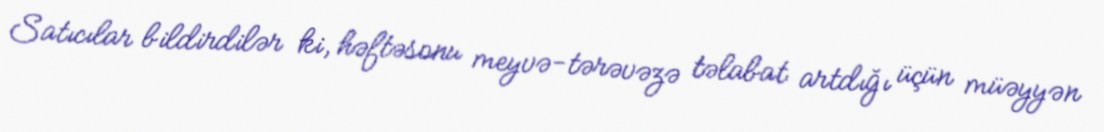
Satıcılar bildirdilər ki, həftəsonu meyvə-tərəvəzə təlabat artdığı üçün müəyyən